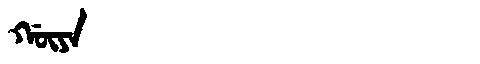
Manchu: ᡤᡡᠶᠠ
Romanization: GŪYA